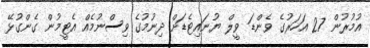
އުމުރުން 27 އަހަރުގެ ވެންޑަ ވީލް ޔުނައިޓެޑަށް ދިނުމުގެ ވިސްނުމެއް އެޓީމުން ގެންގުޅޭ